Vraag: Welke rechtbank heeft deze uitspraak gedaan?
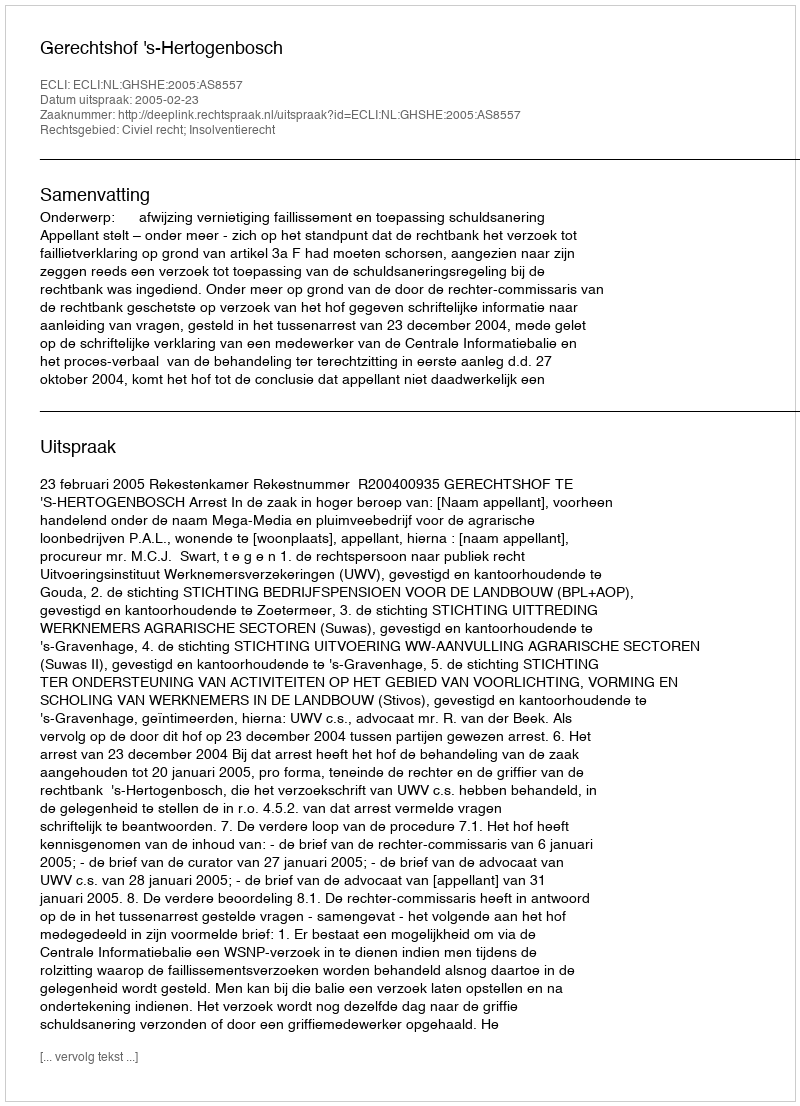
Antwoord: Gerechtshof 's-Hertogenbosch